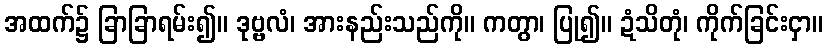
အထက်၌ ခြာခြာရမ်း၍။ ဒုဗ္ဗလံ၊ အားနည်းသည်ကို။ ကတွာ၊ ပြု၍။ ဍံသိတုံ၊ ကိုက်ခြင်းငှာ။